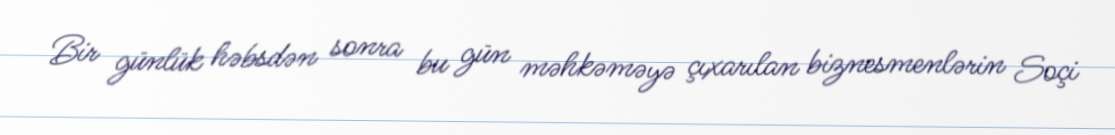
Bir günlük həbsdən sonra bu gün məhkəməyə çıxarılan biznesmenlərin Soçi